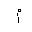
Letter: _mim